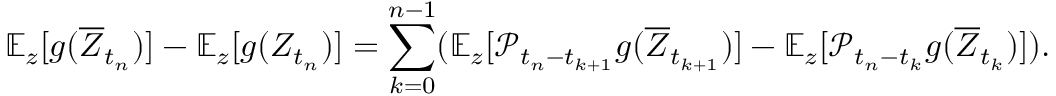
\mathbb { E } _ { z } [ g ( \overline { { Z } } _ { t _ { n } } ) ] - \mathbb { E } _ { z } [ g ( Z _ { t _ { n } } ) ] = \sum _ { k = 0 } ^ { n - 1 } ( \mathbb { E } _ { z } [ \mathcal { P } _ { t _ { n } - t _ { k + 1 } } g ( \overline { { Z } } _ { t _ { k + 1 } } ) ] - \mathbb { E } _ { z } [ \mathcal { P } _ { t _ { n } - t _ { k } } g ( \overline { { Z } } _ { t _ { k } } ) ] ) .